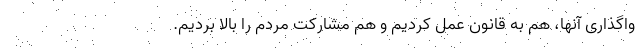
واگذاری آنها، هم به قانون عمل کردیم و هم مشارکت مردم را بالا بردیم.